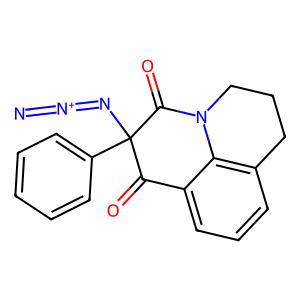
SMILES: [N-]=[N+]=NC1(c2ccccc2)C(=O)c2cccc3c2N(CCC3)C1=O
Inhibits HIV replication: No